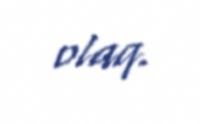
olaq.